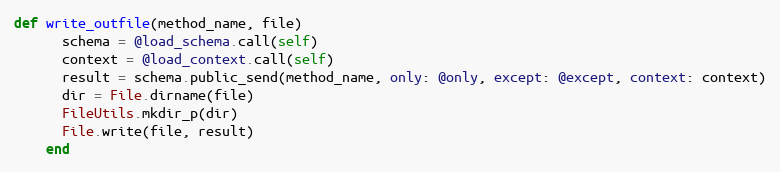
Language: Ruby
def write_outfile(method_name, file)
      schema = @load_schema.call(self)
      context = @load_context.call(self)
      result = schema.public_send(method_name, only: @only, except: @except, context: context)
      dir = File.dirname(file)
      FileUtils.mkdir_p(dir)
      File.write(file, result)
    end